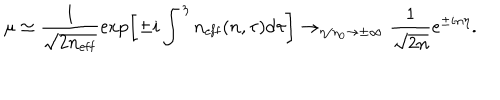
\mu \simeq \frac { 1 } { \sqrt { 2 n _ { \mathrm { e f f } } } } \exp \biggl [ \pm i \int ^ { \eta } n _ { \mathrm { e f f } } ( n , \tau ) \mathrm { d } \tau \biggr ] \rightarrow _ { \eta / \eta _ { 0 } \rightarrow \pm \infty } \frac { 1 } { \sqrt { 2 n } } e ^ { \pm i n \eta } .